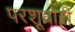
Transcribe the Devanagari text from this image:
परशूधारी